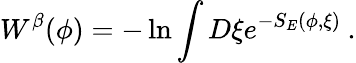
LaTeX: W^{\beta}(\phi)=-\ln\int D\xi e^{-S_{E}(\phi,\xi)}\: .